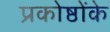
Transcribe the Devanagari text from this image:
प्रकोष्ठोंके